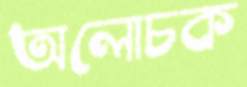
অলোচক